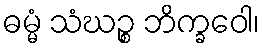
ဓမ္မံ သံဃဉ္စ ဘိက္ခဝေါ၊